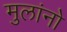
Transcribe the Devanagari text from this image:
मुलांनो